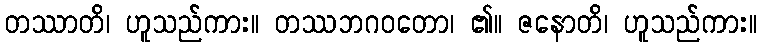
တဿာတိ၊ ဟူသည်ကား။ တဿဘဂဝတော၊ ၏။ ဇနောတိ၊ ဟူသည်ကား။